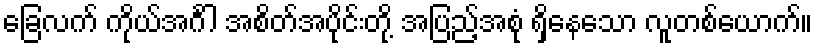
ခြေလက် ကိုယ်အင်္ဂါ အစိတ်အပိုင်းတို့ အပြည့်အစုံ ရှိနေသော လူတစ်ယောက်။